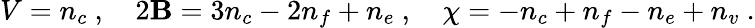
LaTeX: V=n_{c}\ ,\ \ \ \ 2\mathbf{B}=3n_{c}-2n_{f}+n_{e}\ ,\ \ \ \ \chi=-n_{c}+n_{f}-n_{e}+n_{v}\ .